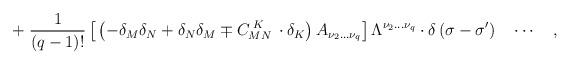
LaTeX: \begin{align*}+\;\frac 1{\left( q-1\right) !}\left[ \,\left( -\delta _M\delta_N+\delta _N\delta _M\mp C_{MN}^{\;K}\,\cdot \delta _K\right) A_{\nu_2\ldots \nu _q}\right] \Lambda ^{\nu _2\ldots \nu _q}\cdot \delta \left(\sigma -\sigma ^{\prime }\right) \quad \cdots \quad ,\end{align*}